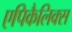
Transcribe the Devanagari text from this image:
एपिकैलिक्स